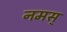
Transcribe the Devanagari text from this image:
नमस्